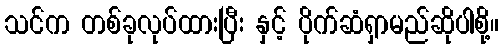
သင်က တစ်ခုလုပ်ထားပြီး နှင့် ပိုက်ဆံရှာမည်ဆိုပါစို့။